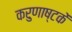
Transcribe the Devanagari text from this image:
करुणाष्टकें